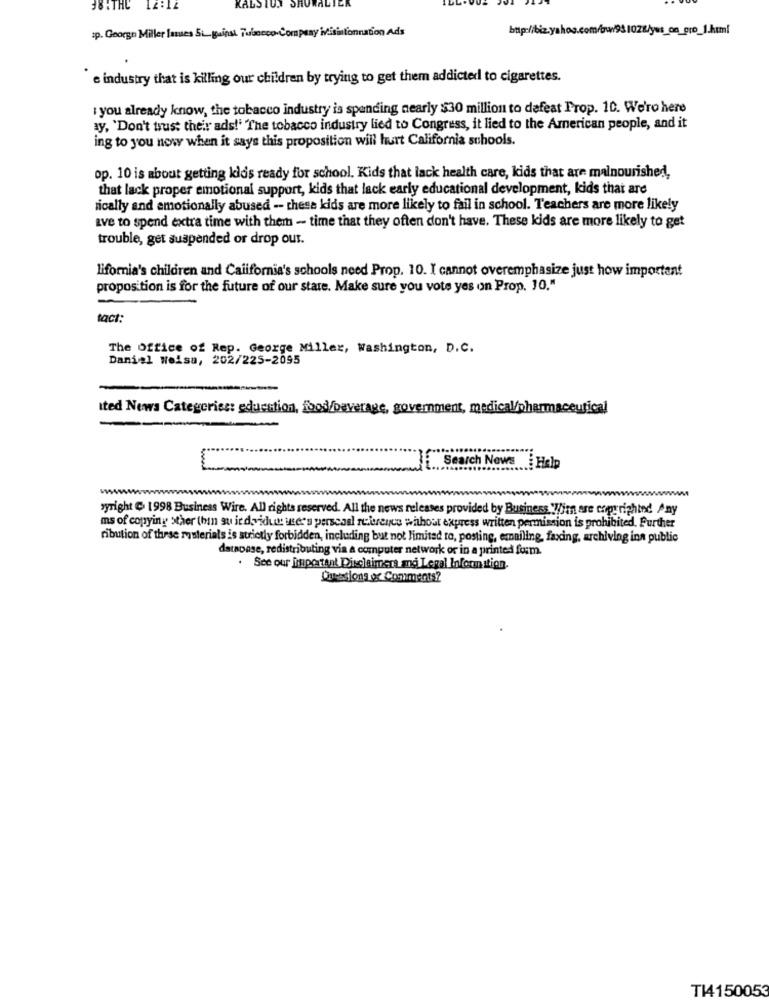
38 :THE
12:14
KALSTUN
:p. George Miller James 5_gainsi Tubocco Company ivisitionnation Ads
e industry that is killing our children by trying to get them addicted to cigarettes.
: you already know, the tobacco industry is spending nearly $30 million to dafeat Prop. 10. We're here
ay, 'Don't trust their ads!' The tobacco industry lied to Congress, it lied to the American people, and it
ing to you now when it says this proposition will hurt California schools.
op. 10 is about getting kids ready for school. Kids that lack health care, kids that are malnourished,
that lack proper emotional support, kids that lack early educational development, kids that are
nically and emotionally abused -- these kids are more likely to fail in school. Teachers are more likely
ave to spend extra time with them - time that they often don't have. These kids are more likely to get
trouble, get suspended or drop our.
lifornia's children and California's schools need Prop. 10. I cannot overemphasize just how importent
proposition is for the future of our state. Make sure you vote yes on Prop. 10."
tact:
The Office of Rep. George Miller, Washington, D.C.
Daniel Weisa, 202/225-2095
Ited News Categories: education, food/beverage, government, medical/pharmaceutical
Search News Help
wyright " 1998 Business Wire. All rights reserved. All the news releases provided by Business. "Wim are copyrighted Any
ms of copying sther (bin su ic deidue user's personal reference whhout express written permission is prohibited. Further
ribution of these masterials is strictly forbidden, including but not limited to, posting, emailing, faxing, archiving inn public
datapase, redistributing via a computer network or in a printed form.
. See our jisiportant Disclaimers and Legal Information.
Quesions or Comments?
TI150053